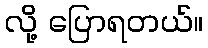
လို့ ပြောရတယ်။